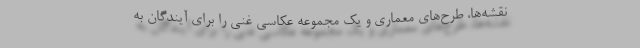
نقشه‌ها، طرح‌های معماری و یک مجموعه عکاسی غنی را برای آیندگان به